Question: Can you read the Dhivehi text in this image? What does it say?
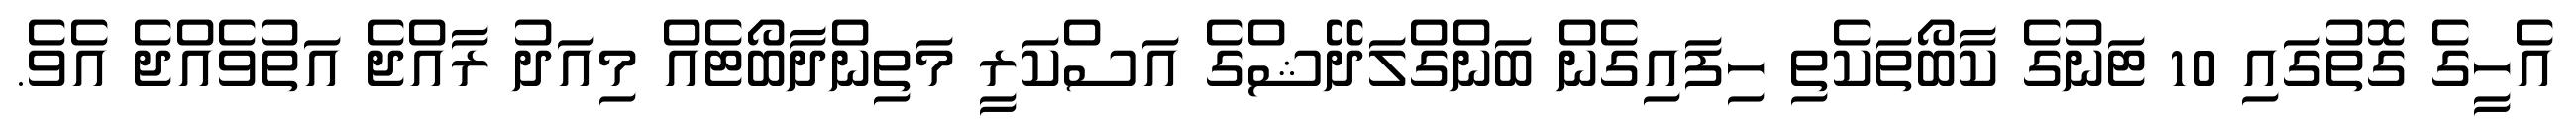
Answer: އެހީގެ ގޮތުގައި 10 ޓަނުގެ ކާބޯތަކެތި ހިފައިގެން ބަންގްލަދޭޝްގެ އަސްކަރީ މަތިންދާބޯޓެއް މިއަދު ރާއްޖެ އަތުވެއްޖެ އެވެ.